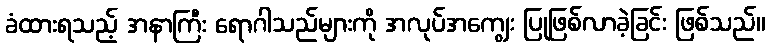
ခံထားရသည့် အနာကြီး ရောဂါသည်များကို အလုပ်အကျွေး ပြုဖြစ်လာခဲ့ခြင်း ဖြစ်သည်။